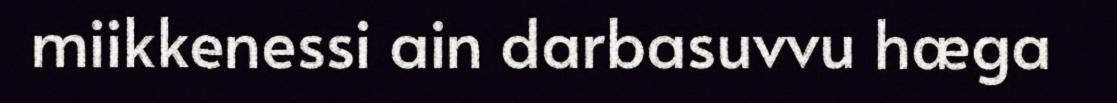
miikkenessi ain darbasuvvu hæga